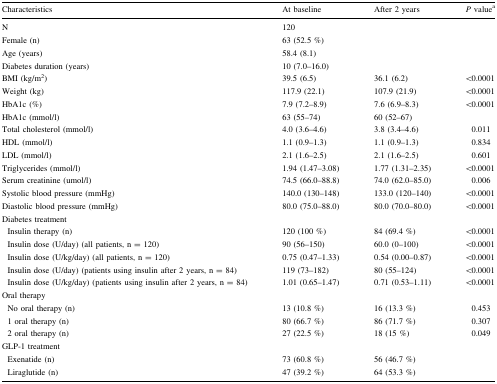
<table><thead><tr><td><b>Characteristics</b></td><td><b>At baseline</b></td><td><b>After 2 years</b></td><td><b><i>P</i> value<sup>a</sup></b></td></tr></thead><tbody><tr><td>N</td><td colspan="3">120</td></tr><tr><td>Female (n)</td><td colspan="3">63 (52.5 %)</td></tr><tr><td>Age (years)</td><td colspan="3">58.4 (8.1)</td></tr><tr><td>Diabetes duration (years)</td><td colspan="3">10 (7.0–16.0)</td></tr><tr><td>BMI (kg/m<sup>2</sup>)</td><td>39.5 (6.5)</td><td>36.1 (6.2)</td><td>&lt;0.0001</td></tr><tr><td>Weight (kg)</td><td>117.9 (22.1)</td><td>107.9 (21.9)</td><td>&lt;0.0001</td></tr><tr><td>HbA1c (%)</td><td>7.9 (7.2–8.9)</td><td>7.6 (6.9–8.3)</td><td>&lt;0.0001</td></tr><tr><td>HbA1c (mmol/l)</td><td>63 (55–74)</td><td>60 (52–67)</td><td></td></tr><tr><td>Total cholesterol (mmol/l)</td><td>4.0 (3.6–4.6)</td><td>3.8 (3.4–4.6)</td><td>0.011</td></tr><tr><td>HDL (mmol/l)</td><td>1.1 (0.9–1.3)</td><td>1.1 (0.9–1.3)</td><td>0.834</td></tr><tr><td>LDL (mmol/l)</td><td>2.1 (1.6–2.5)</td><td>2.1 (1.6–2.5)</td><td>0.601</td></tr><tr><td>Triglycerides (mmol/l)</td><td>1.94 (1.47–3.08)</td><td>1.77 (1.31–2.35)</td><td>&lt;0.0001</td></tr><tr><td>Serum creatinine (umol/l)</td><td>74.5 (66.0–88.8)</td><td>74.0 (62.0–85.0)</td><td>0.006</td></tr><tr><td>Systolic blood pressure (mmHg)</td><td>140.0 (130–148)</td><td>133.0 (120–140)</td><td>&lt;0.0001</td></tr><tr><td>Diastolic blood pressure (mmHg)</td><td>80.0 (75.0–88.0)</td><td>80.0 (70.0–80.0)</td><td>&lt;0.0001</td></tr><tr><td colspan="4">Diabetes treatment</td></tr><tr><td> Insulin therapy (n)</td><td>120 (100 %)</td><td>84 (69.4 %)</td><td>&lt;0.0001</td></tr><tr><td> Insulin dose (U/day) (all patients, n = 120)</td><td>90 (56–150)</td><td>60.0 (0–100)</td><td>&lt;0.0001</td></tr><tr><td> Insulin dose (U/kg/day) (all patients, n = 120)</td><td>0.75 (0.47–1.33)</td><td>0.54 (0.00–0.87)</td><td>&lt;0.0001</td></tr><tr><td> Insulin dose (U/day) (patients using insulin after 2 years, n = 84)</td><td>119 (73–182)</td><td>80 (55–124)</td><td>&lt;0.0001</td></tr><tr><td> Insulin dose (U/kg/day) (patients using insulin after 2 years, n = 84)</td><td>1.01 (0.65–1.47)</td><td>0.71 (0.53–1.11)</td><td>&lt;0.0001</td></tr><tr><td colspan="4">Oral therapy</td></tr><tr><td> No oral therapy (n)</td><td>13 (10.8 %)</td><td>16 (13.3 %)</td><td>0.453</td></tr><tr><td> 1 oral therapy (n)</td><td>80 (66.7 %)</td><td>86 (71.7 %)</td><td>0.307</td></tr><tr><td> 2 oral therapy (n)</td><td>27 (22.5 %)</td><td>18 (15 %)</td><td>0.049</td></tr><tr><td colspan="4">GLP-1 treatment</td></tr><tr><td> Exenatide (n)</td><td>73 (60.8 %)</td><td>56 (46.7 %)</td><td></td></tr><tr><td> Liraglutide (n)</td><td>47 (39.2 %)</td><td>64 (53.3 %)</td><td></td></tr></tbody></table>